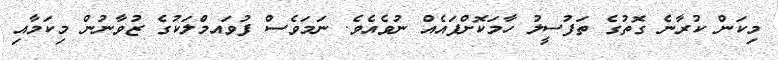
މިކަން ކުރާނެ ގޮތުގެ ތަފުސީލު ހާމަކޮށްފައެއް ނުވެއެވެ. ނަމަވެސް ފުވައމްުލަކުގެ ޒުވާނުން މިކަމާއި